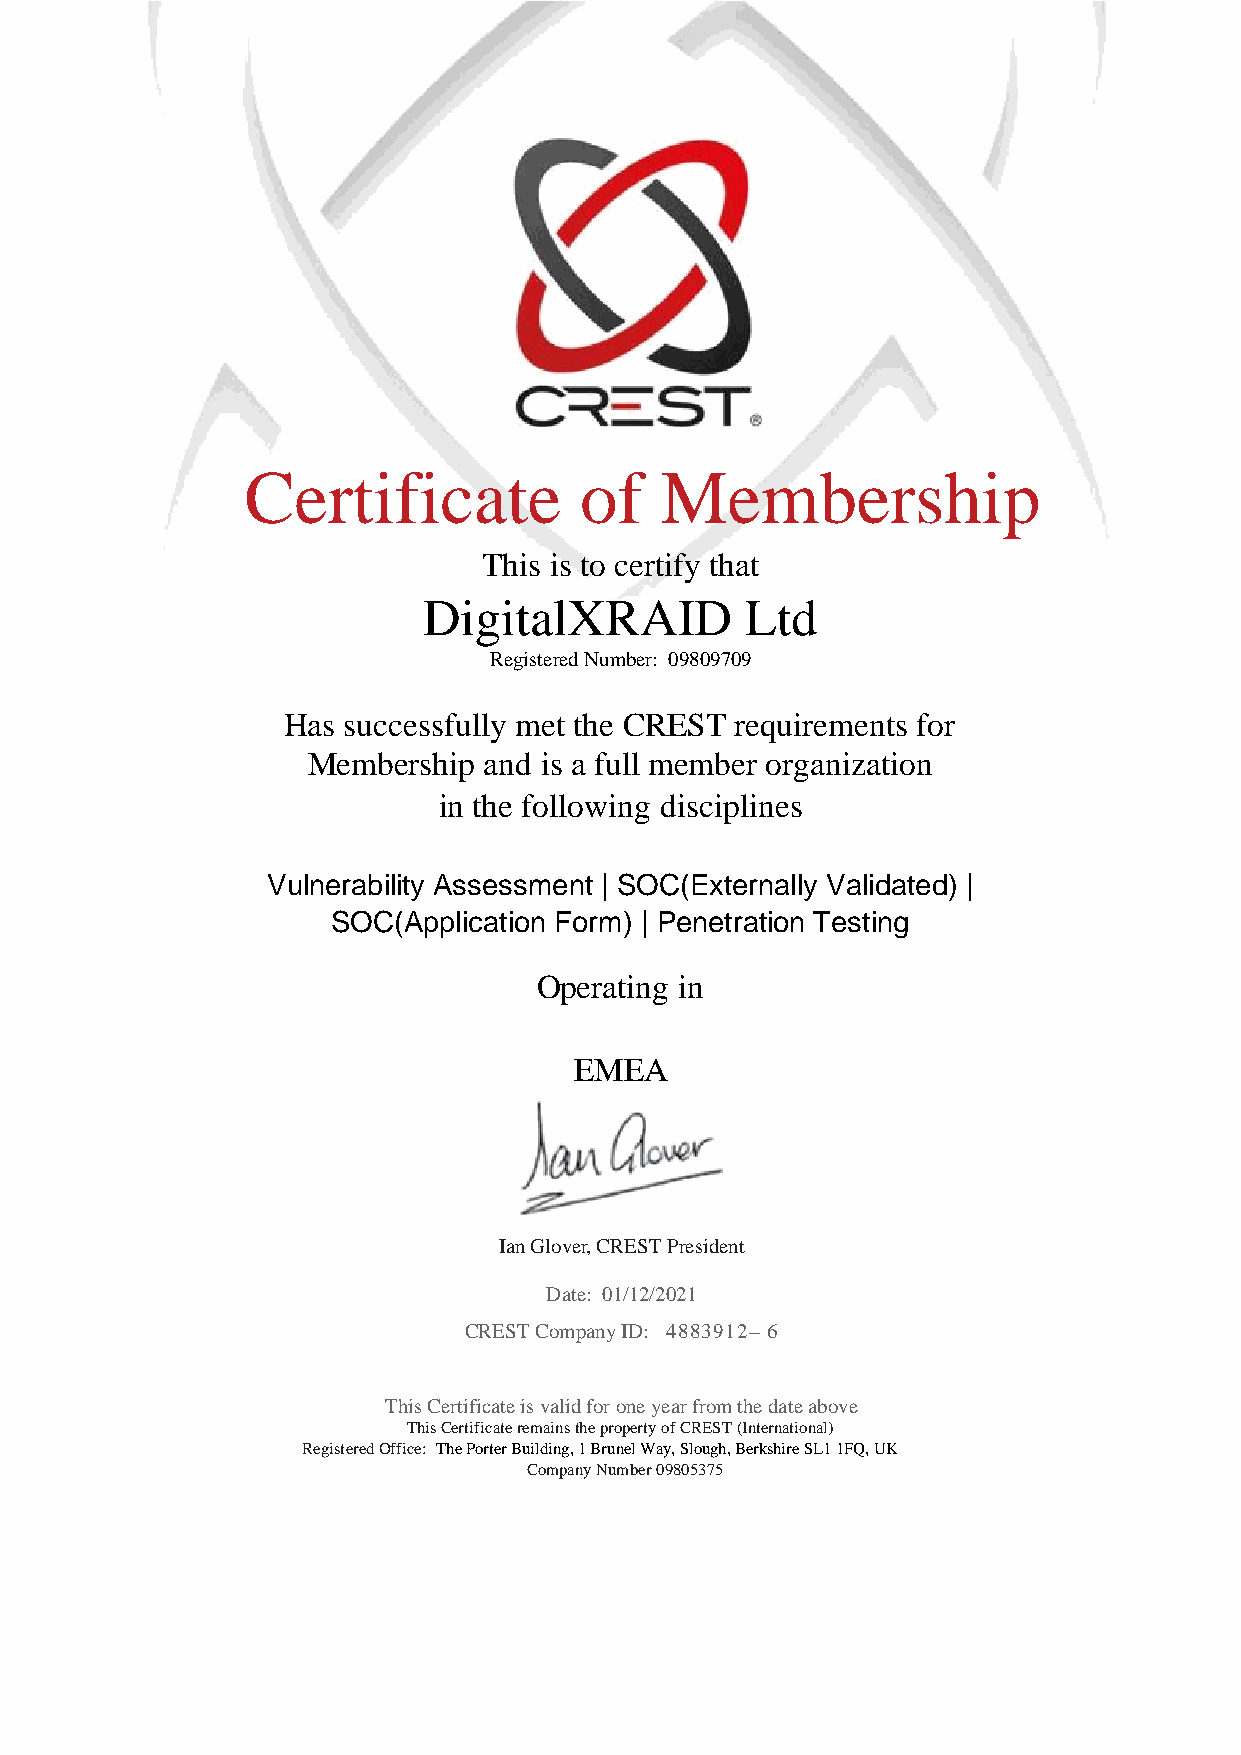
Certificate           of    Membership
 This is to certify that
 DigitalXRAID         Ltd
 Registered Number: 09809709
 Has successfully met the CREST requirements for
 Membership  and is a full member organization
 in the following disciplines
 Vulnerability Assessment | SOC(Externally Validated) |
 SOC(Application Form) | Penetration Testing
 Operating in
 EMEA
 Ian Glover, CREST President
 Date: 01/12/2021
 CREST Company ID: 4883912– 6
 This Certificate is valid for one year from the date above
 This Certificate remains the property of CREST (International)
 Registered Office: The Porter Building, 1 Brunel Way, Slough, Berkshire SL1 1FQ, UK
 Company Number 09805375